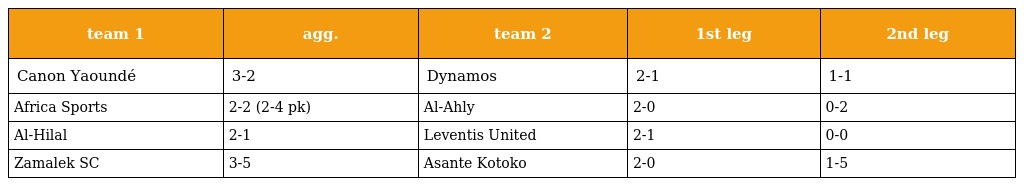
| team 1 | agg. | team 2 | 1st leg | 2nd leg |
 | --- | --- | --- | --- | --- |
 | Canon Yaoundé | 3-2 | Dynamos | 2-1 | 1-1 |
 | Africa Sports | 2-2 (2-4 pk) | Al-Ahly | 2-0 | 0-2 |
 | Al-Hilal | 2-1 | Leventis United | 2-1 | 0-0 |
 | Zamalek SC | 3-5 | Asante Kotoko | 2-0 | 1-5 |